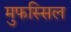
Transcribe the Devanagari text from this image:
मुफस्सिल